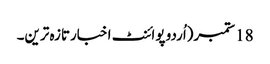
18 ستمبر(اُردو پوائنٹ اخبارتازہ ترین۔